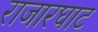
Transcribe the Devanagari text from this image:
राजारघाट